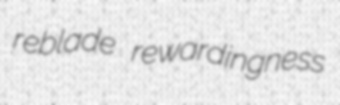
reblade rewardingness